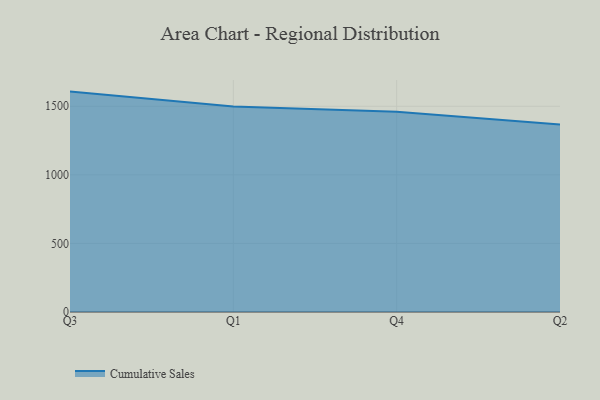
{"axis": {"x": "Quarter", "y": "Budget (USD K)"}, "legend": ["Cumulative Sales"], "data": [{"x": "Q3", "y": 1606.8, "type": "Cumulative Sales"}, {"x": "Q1", "y": 1498.6, "type": "Cumulative Sales"}, {"x": "Q4", "y": 1460.0, "type": "Cumulative Sales"}, {"x": "Q2", "y": 1366.1, "type": "Cumulative Sales"}]}